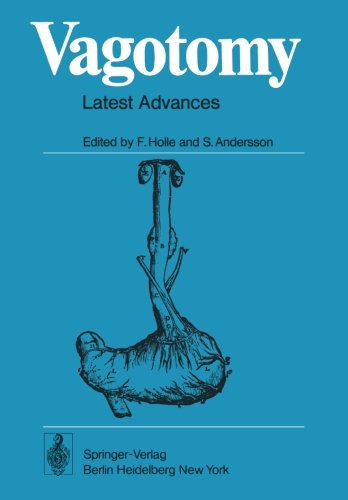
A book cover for Vagotomy: Latest Advances with Special Reference to Gastric and Duodenal Ulcers Disease; Health, Fitness & Dieting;